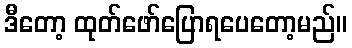
ဒီတော့ ထုတ်ဖော်ပြောရပေတော့မည်။